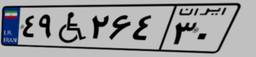
۳۸W۷۱۰۷۸